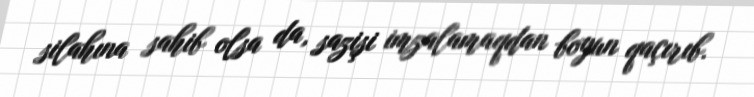
silahına sahib olsa da, sazişi imzalamaqdan boyun qaçırıb.